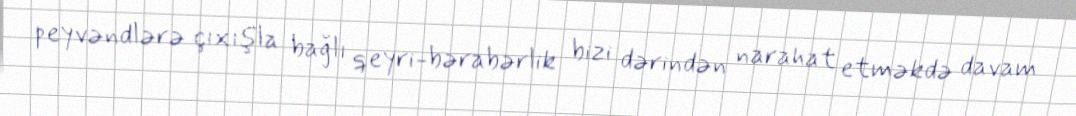
peyvəndlərə çıxışla bağlı qeyri-bərabərlik bizi dərindən narahat etməkdə davam